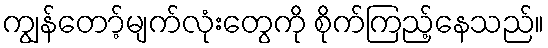
ကျွန်တော့်မျက်လုံးတွေကို စိုက်ကြည့်နေသည်။